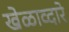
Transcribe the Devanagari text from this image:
खेळाव्दारे